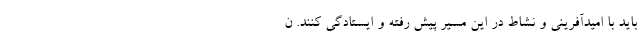
باید با امیدآفرینی و نشاط در این مسیر پیش رفته و ایستادگی کنند. ن